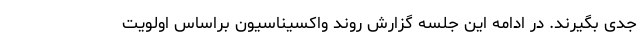
جدی بگیرند. در ادامه این جلسه گزارش روند واکسیناسیون براساس اولویت